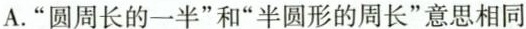
A.“圆周长的一半”和”半圆形的周长”意思相同